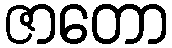
ဇာတော